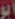
ابو